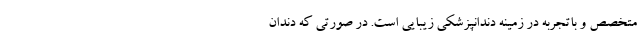
متخصص و باتجربه در زمینه دندانپزشکی زیبایی است. در صورتی که دندان